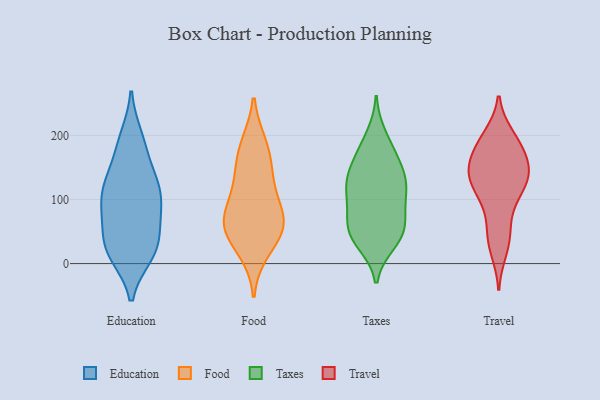
{"axis": {"x": "Production Output", "y": "Value"}, "legend": ["Education", "Food", "Taxes", "Travel"], "data": [{"x": "", "y": 85, "type": "Education"}, {"x": "", "y": 192, "type": "Education"}, {"x": "", "y": 171, "type": "Education"}, {"x": "", "y": 197, "type": "Education"}, {"x": "", "y": 105, "type": "Education"}, {"x": "", "y": 20, "type": "Education"}, {"x": "", "y": 22, "type": "Education"}, {"x": "", "y": 128, "type": "Education"}, {"x": "", "y": 107, "type": "Education"}, {"x": "", "y": 77, "type": "Education"}, {"x": "", "y": 128, "type": "Education"}, {"x": "", "y": 14, "type": "Education"}, {"x": "", "y": 55, "type": "Education"}, {"x": "", "y": 102, "type": "Education"}, {"x": "", "y": 132, "type": "Education"}, {"x": "", "y": 25, "type": "Education"}, {"x": "", "y": 55, "type": "Education"}, {"x": "", "y": 15, "type": "Education"}, {"x": "", "y": 51, "type": "Food"}, {"x": "", "y": 83, "type": "Food"}, {"x": "", "y": 62, "type": "Food"}, {"x": "", "y": 175, "type": "Food"}, {"x": "", "y": 184, "type": "Food"}, {"x": "", "y": 61, "type": "Food"}, {"x": "", "y": 63, "type": "Food"}, {"x": "", "y": 136, "type": "Food"}, {"x": "", "y": 22, "type": "Food"}, {"x": "", "y": 122, "type": "Food"}, {"x": "", "y": 95, "type": "Taxes"}, {"x": "", "y": 55, "type": "Taxes"}, {"x": "", "y": 32, "type": "Taxes"}, {"x": "", "y": 44, "type": "Taxes"}, {"x": "", "y": 165, "type": "Taxes"}, {"x": "", "y": 160, "type": "Taxes"}, {"x": "", "y": 121, "type": "Taxes"}, {"x": "", "y": 90, "type": "Taxes"}, {"x": "", "y": 127, "type": "Taxes"}, {"x": "", "y": 82, "type": "Taxes"}, {"x": "", "y": 53, "type": "Taxes"}, {"x": "", "y": 37, "type": "Taxes"}, {"x": "", "y": 179, "type": "Taxes"}, {"x": "", "y": 200, "type": "Taxes"}, {"x": "", "y": 132, "type": "Taxes"}, {"x": "", "y": 128, "type": "Taxes"}, {"x": "", "y": 126, "type": "Taxes"}, {"x": "", "y": 55, "type": "Taxes"}, {"x": "", "y": 41, "type": "Travel"}, {"x": "", "y": 200, "type": "Travel"}, {"x": "", "y": 51, "type": "Travel"}, {"x": "", "y": 91, "type": "Travel"}, {"x": "", "y": 117, "type": "Travel"}, {"x": "", "y": 20, "type": "Travel"}, {"x": "", "y": 175, "type": "Travel"}, {"x": "", "y": 139, "type": "Travel"}, {"x": "", "y": 132, "type": "Travel"}, {"x": "", "y": 145, "type": "Travel"}, {"x": "", "y": 185, "type": "Travel"}, {"x": "", "y": 133, "type": "Travel"}, {"x": "", "y": 153, "type": "Travel"}, {"x": "", "y": 107, "type": "Travel"}, {"x": "", "y": 158, "type": "Travel"}, {"x": "", "y": 195, "type": "Travel"}]}